Annual report on the mental hospital in the Central Provinces and Berar (Nagpur) - 1927-1951
Year: 1927
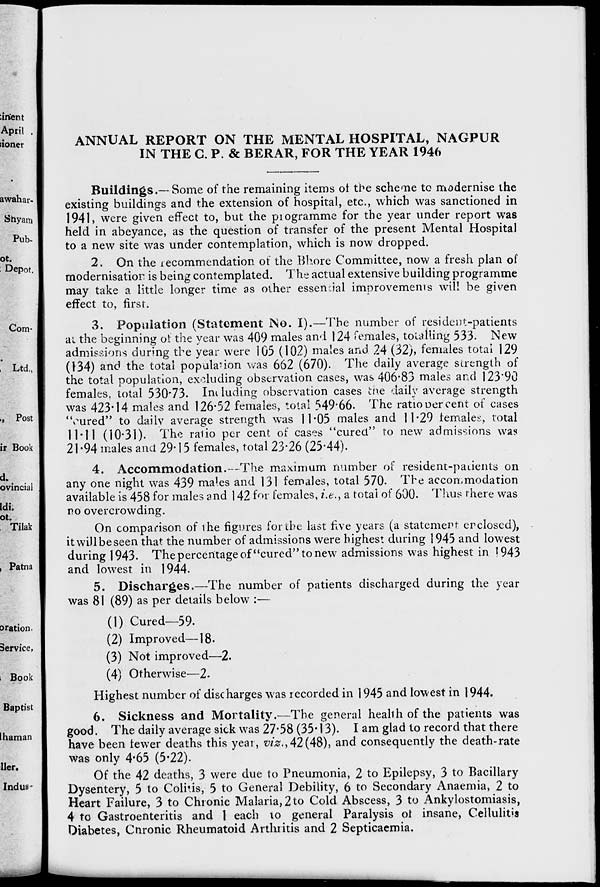
ANNUAL REPORT ON THE MENTAL HOSPITAL, NAGPUR
IN THE G. P. & BERAR, FOR THE YEAR 1946
Buildings.— Some of the remaining items ot the scheme to modernise the
existing buildings and the extension of hospital, etc., which was sanctioned in
1941, were given effect to, but the piogramme for the year under report was
held in abeyance, as the question of transfer of the present Mental Hospital
to a new site was under contemplation, which is now dropped.
2. On the recommendation of the Bhore Committee, now a fresh plan of
modernisation is being contemplated. The actual extensive building programme
may take a little longer time as other essenr.ial improvement] s will be given
effect to, first.
3. Population (Statement No. I).—The number of resident-patients
ai the beginning of the year was 409 males and 124 females, totalling 533. New
admissions during the year were 105 (102) males and 24 (32), females total 129
(134) and the total population was 662 (670). The daily average strength of
the total population, excluding observation cases, was 406*83 males and 123*90
females, total 530*73. Im hiding observation cases the daily average strength
was 423*14 males and 126*52 females, total 549*66. The ratiooer cent of cases
'Vured" to daily average strength was 11*05 males and 11*29 females, total
11*11 (10*31). The ralio per cent of cases "cured" to new admissions was
21*94 males and 29*15 females, total 23*26 (25*44).
4. Accommodation.-—The maximum number of resident-patients on
any one night was 439 males and 131 females, total 570. The accommodation
available is 458 for males and 142 for females, i.e., a total of 600. Tims there was
no overcrowding.
On comparison of the figures for the last five years (a statement enclosed),
itwillbeseen that the number of admissions were highest during 1945 and lowest
during 1943. The percentage of "cured" to new r admissions was highest in 1943
and lowest in 1944.
5. Discharges.—The number of patients discharged during the year
was 81 (89) as per details below :—
(1) Cured—59.
(2) Improved—18.
(3) Not improved—2.
(4) Otherwise—2.
Highest number of discharges was recorded in 1945 and lowest in 1944.
6. Sickness and Mortality.—The general heahhofthe patients was
good. The daily average sick was 27*58 (35*13). I am glad to record that there
have been fewer deaths this year, -z*/^.,42(48), and consequently the death-rate
was only 4*65 (5*22).
Of the 42 deaths, 3 were due to Pneumonia, 2 to Epilepsy, 3 to Bacillary
Dysentery, 5 to Coitus, 5 to General Debility, 6 to Secondary Anaemia, 2 to
Heart Failure, 3 to Chronic Malaria, 2 to Cold Abscess, 3 to Ankylostomiasis,
4 to Gastroenteritis and 1 each to general Paralysis ot insane, Cellulitis
Diabetes, Cnronic Rheumatoid Arthritis and 2 Septicaemia.